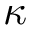
\kappa